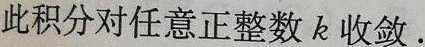
此积分对任意正整数 \(k\) 收敛.